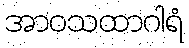
အာဝသထာဂါရံ